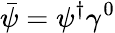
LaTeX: {\bar{\psi}}=\psi^{\dagger}\gamma^{0}